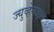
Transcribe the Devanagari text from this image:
ज्युव्हेनाइल